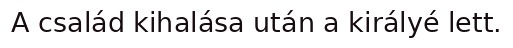
A család kihalása után a királyé lett.